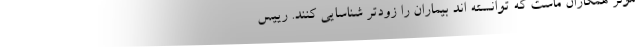
موثر همکاران ماست که توانسته اند بیماران را زودتر شناسایی کنند. رییس